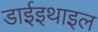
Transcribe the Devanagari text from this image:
डाईइथाइल